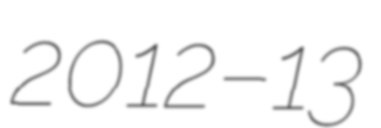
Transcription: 2012–13